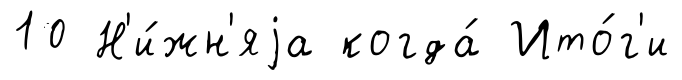
10 Н'и́жн'яjа когда́ Ито́г'и